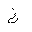
Letter: _gayn